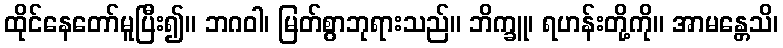
ထိုင်နေတော်မူပြီး၍။ ဘဂဝါ၊ မြတ်စွာဘုရားသည်။ ဘိက္ခူ၊ ရဟန်းတို့ကို။ အာမန္တေသိ၊